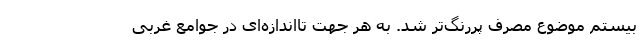
بیستم موضوع مصرف پررنگ‌تر شد. به هر جهت تا‌اندازه‌ای در جوامع غربی